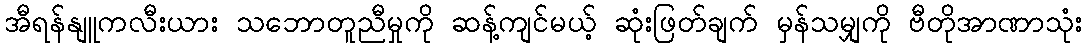
အီရန်နျူကလီးယား သဘောတူညီမှုကို ဆန့်ကျင်မယ့် ဆုံးဖြတ်ချက် မှန်သမျှကို ဗီတိုအာဏာသုံး